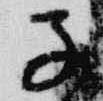
子